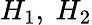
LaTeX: H_{1},\ H_{2}